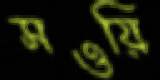
সওয়ি